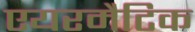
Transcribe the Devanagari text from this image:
एयरमैटिक